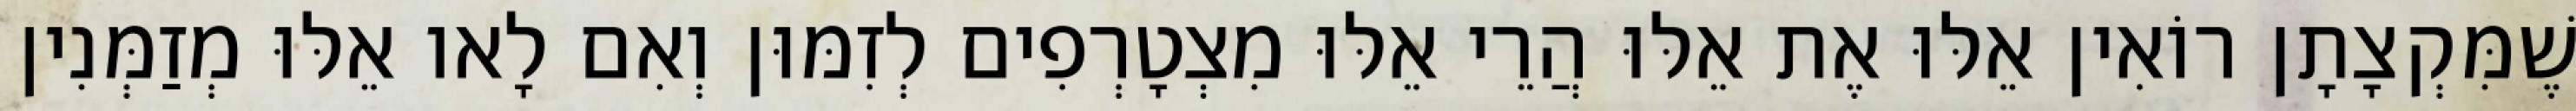
שֶׁמִּקְצָתָן רוֹאִין אֵלּוּ אֶת אֵלּוּ הֲרֵי אֵלּוּ מִצְטָרְפִים לְזִמּוּן וְאִם לָאו אֵלּוּ מְזַמְּנִין